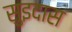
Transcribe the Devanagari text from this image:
सुइदास